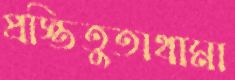
প্রস্তিতুতাথামা